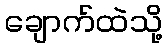
ချောက်ထဲသို့